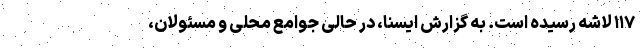
۱۱۷ لاشه رسیده است. به گزارش ایسنا، در حالی جوامع محلی و مسئولان،